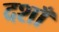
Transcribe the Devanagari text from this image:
दशाँ